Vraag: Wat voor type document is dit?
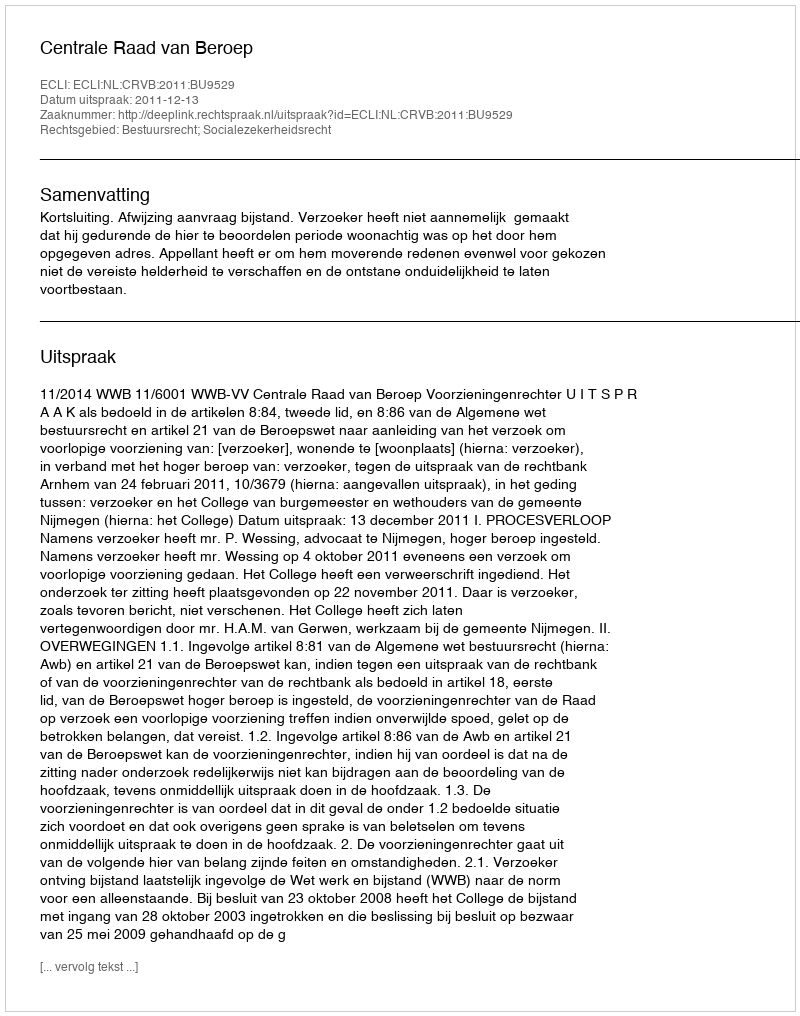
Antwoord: Uitspraak